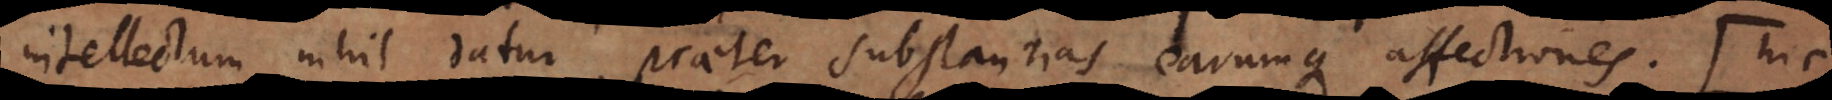
intellectum nihil datur praeter substantias earumque affectiones. (Hic